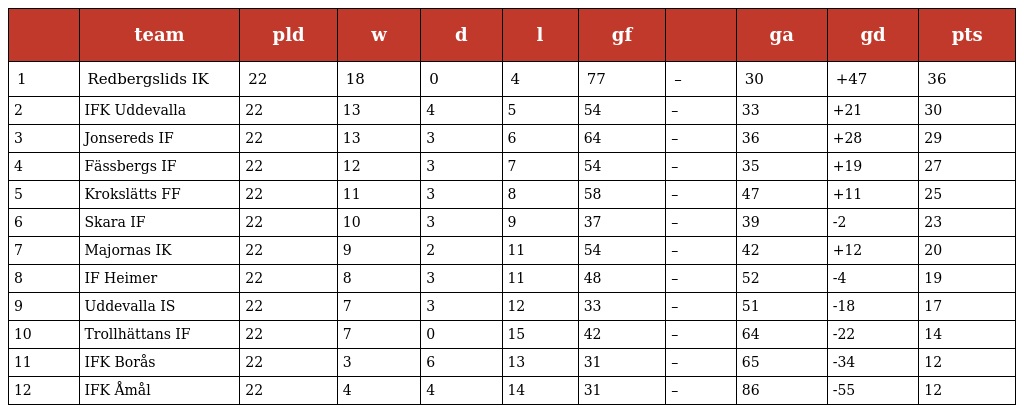
|  | team | pld | w | d | l | gf |  | ga | gd | pts |
 | --- | --- | --- | --- | --- | --- | --- | --- | --- | --- | --- |
 | 1 | Redbergslids IK | 22 | 18 | 0 | 4 | 77 | – | 30 | +47 | 36 |
 | 2 | IFK Uddevalla | 22 | 13 | 4 | 5 | 54 | – | 33 | +21 | 30 |
 | 3 | Jonsereds IF | 22 | 13 | 3 | 6 | 64 | – | 36 | +28 | 29 |
 | 4 | Fässbergs IF | 22 | 12 | 3 | 7 | 54 | – | 35 | +19 | 27 |
 | 5 | Krokslätts FF | 22 | 11 | 3 | 8 | 58 | – | 47 | +11 | 25 |
 | 6 | Skara IF | 22 | 10 | 3 | 9 | 37 | – | 39 | -2 | 23 |
 | 7 | Majornas IK | 22 | 9 | 2 | 11 | 54 | – | 42 | +12 | 20 |
 | 8 | IF Heimer | 22 | 8 | 3 | 11 | 48 | – | 52 | -4 | 19 |
 | 9 | Uddevalla IS | 22 | 7 | 3 | 12 | 33 | – | 51 | -18 | 17 |
 | 10 | Trollhättans IF | 22 | 7 | 0 | 15 | 42 | – | 64 | -22 | 14 |
 | 11 | IFK Borås | 22 | 3 | 6 | 13 | 31 | – | 65 | -34 | 12 |
 | 12 | IFK Åmål | 22 | 4 | 4 | 14 | 31 | – | 86 | -55 | 12 |